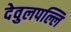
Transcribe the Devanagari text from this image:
देवुलपल्लि